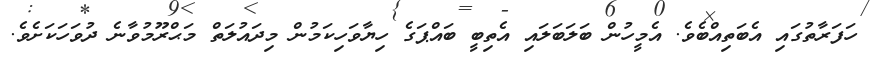
ހަފަރާތުގައި އެބަތިއްބެވެ. އެމީހުން ބަލަބަލައި އެތިބީ ބައްޕަގެ ހިޔާވަހިކަމުން މިދައުލަތް މަޙްރޫމުވާނެ ދުވަހަކަށެވެ.